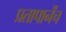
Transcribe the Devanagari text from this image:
प्रतापानेंच